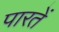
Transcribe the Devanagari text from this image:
पारतें